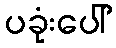
ပခုံးပေါ်